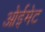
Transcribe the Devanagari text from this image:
ओईमेट